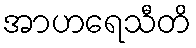
အာဟရေသီတိ